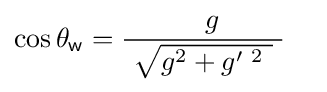
\cos \theta _{\textsf {w}}={\frac {\quad g~}{\ {\sqrt {g^{2}+g'^{\ 2}~}}\ }}\quad